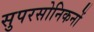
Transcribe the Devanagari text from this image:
सुपरसोनिकनों